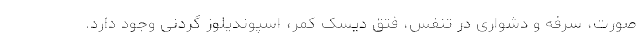
صورت، سرفه و دشواری در تنفس، فتق دیسک کمر، اسپوندیلوز گردنی وجود دارد.